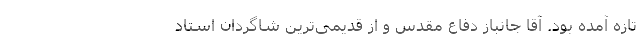
تازه آمده بود. آقا جانباز دفاع مقدس و از قدیمی‌ترین شاگردان استاد